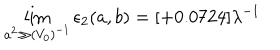
\lim _ { a ^ { 2 } \gg ( V _ { 0 } ) ^ { - 1 } } \epsilon _ { 2 } ( a , b ) = [ + 0 . 0 7 2 4 ] \lambda ^ { - 1 }